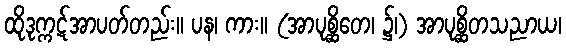
ထိုဒုက္ကဋ်အာပတ်တည်း။ ပန၊ ကား။ (အာပုစ္ဆိတေ၊ ၌၊) အာပုစ္ဆိတသညာယ၊